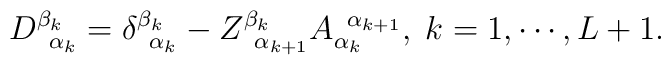
D_{\;\;\alpha _k}^{\beta _k}=\delta _{\;\;\alpha _k}^{\beta_k}-Z_{\;\;\alpha _{k+1}}^{\beta _k}A_{\alpha _k}^{\;\;\alpha_{k+1}},\;k=1,\cdots ,L+1.